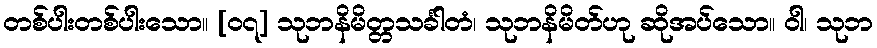
တစ်ပါးတစ်ပါးသော။ [၀၇] သုဘနိမိတ္တသင်္ခါတံ၊ သုဘနိမိတ်ဟု ဆိုအပ်သော။ ဝါ၊ သုဘ